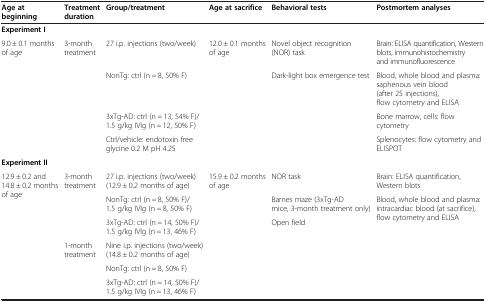
<table><thead><tr><td><b>Age at beginning</b></td><td><b>Treatment duration</b></td><td><b>Group/treatment</b></td><td><b>Age at sacrifice</b></td><td><b>Behavioral tests</b></td><td><b>Postmortem analyses</b></td></tr></thead><tbody><tr><td colspan="6"><b>Experiment I</b></td></tr><tr><td rowspan="4">9.0 ± 0.1 months of age</td><td rowspan="4">3-month treatment</td><td>27 i.p. injections (two/week)</td><td rowspan="4">12.0 ± 0.1 months of age</td><td>Novel object recognition (NOR) task</td><td>Brain: ELISA quantification, Western blots, immunohistochemistry and immunofluorescence</td></tr><tr><td>NonTg: ctrl (n <i>=</i> 8, 50% F)</td><td rowspan="3">Dark-light box emergence test</td><td>Blood, whole blood and plasma: saphenous vein blood (after 25 injections), flow cytometry and ELISA</td></tr><tr><td>3xTg-AD: ctrl (n <i>=</i> 13, 54% F)/1.5 g/kg IVIg (n <i>=</i> 12, 50% F)</td><td>Bone marrow, cells: flow cytometry</td></tr><tr><td>Ctrl/vehicle: endotoxin free glycine 0.2 M pH 4.25</td><td>Splenocytes: flow cytometry and ELISPOT</td></tr><tr><td colspan="5"><b>Experiment II</b></td><td> </td></tr><tr><td rowspan="6">12.9 ± 0.2 and 14.8 ± 0.2 months of age</td><td rowspan="3">3-month treatment</td><td>27 i.p. injections (two/week) (12.9 ± 0.2 months of age)</td><td rowspan="5">15.9 ± 0.2 months of age</td><td>NOR task</td><td>Brain: ELISA quantification, Western blots</td></tr><tr><td>NonTg: ctrl (n <i>=</i> 8, 50% F)/1.5 g/kg IVIg (n <i>=</i> 8, 50% F)</td><td>Barnes maze (3xTg-AD mice, 3-month treatment only)</td><td rowspan="4">Blood, whole blood and plasma: intracardiac blood (at sacrifice), flow cytometry and ELISA</td></tr><tr><td>3xTg-AD: ctrl (n <i>=</i> 14, 50% F)/1.5 g/kg IVIg (n <i>=</i> 13, 46% F)</td><td rowspan="3">Open field</td></tr><tr><td rowspan="2">1-month treatment</td><td>Nine i.p. injections (two/week) (14.8 ± 0.2 months of age)</td></tr><tr><td>NonTg: ctrl (n = 8, 50% F)</td></tr><tr><td> </td><td> </td><td>3xTg-AD: ctrl (n = 14, 50% F)/1.5 g/kg IVIg (n = 13, 46% F)</td><td> </td><td> </td><td> </td></tr></tbody></table>